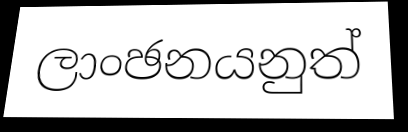
ලාංඡනයනුත්